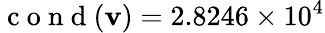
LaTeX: \mathrm{~c~o~n~d~}(\mathbf{v})=2.8246\times 10^{4}